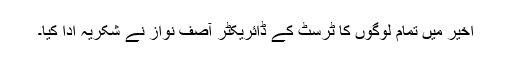
اخیر میں تمام لوگوں کا ٹرسٹ کے ڈائریکٹر آصف نواز نے شکریہ ادا کیا۔